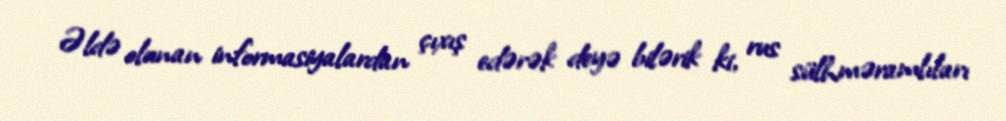
Əldə olunan informasiyalardan çıxış edərək deyə bilərik ki, rus sülhməramlıları